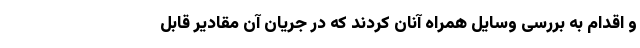
و اقدام به بررسی وسایل همراه آنان کردند که در جریان آن مقادیر قابل